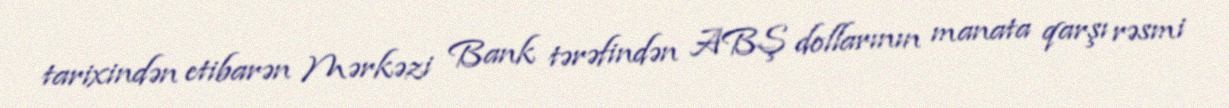
tarixindən etibarən Mərkəzi Bank tərəfindən ABŞ dollarının manata qarşı rəsmi